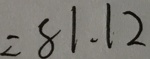
= 8 1 . 1 2